Malaria in the Punjab - Number 46
Disease focus: Malaria
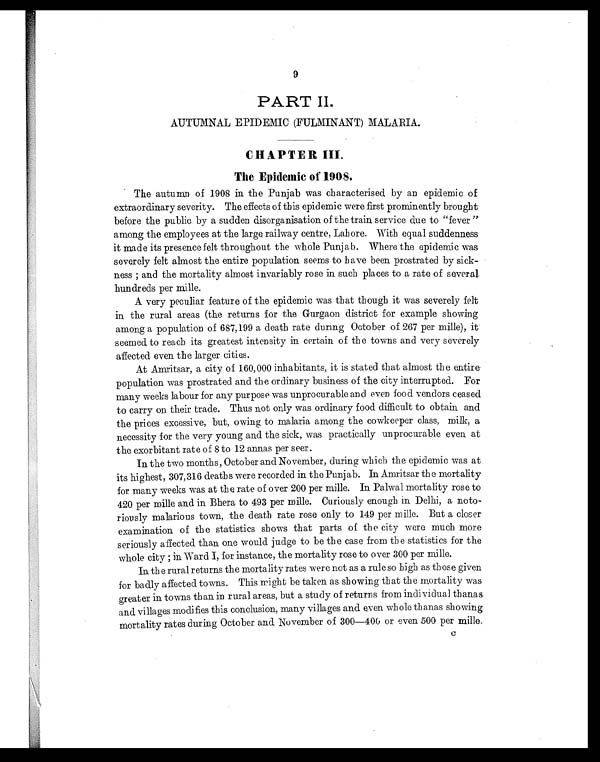
9
PART II.
AUTUMNAL EPIDEMIC (FULMINANT) MALARIA.
CHAPTER III.
The Epidemic of 1908.
The autumn of 1908 in the Punjab was characterised by an epidemic of
extraordinary severity. The effects of this epidemic were first prominently brought
before the public by a sudden disorganisation of the train service due to "fever
among the employees at the large railway centre, Lahore. With equal suddenness
it made its presence felt throughout the whole Punjab. Where the epidemic was
severely felt almost the entire population seems to have been prostrated by sick-
ness; and the mortality almost invariably rose in such places to a rate of several
hundreds per mille.
A very peculiar feature of the epidemic was that though it was severely felt
in the rural areas (the returns for the Gurgaon district for example showing
among a population of 687,199 a death rate during October of 267 per mile), it
seemed to reach its greatest intensity in certain of the towns and very severely
affected even the larger cities.
At Amritsar, a city of 160,000 inhabitants, it is stated that almost the entire
population was prostrated and the ordinary business of the city interrupted. For
many weeks labour for any purpose was unprocurable and even food vendors ceased
to carry on their trade. Thus not only was ordinary food difficult to obtain and
the prices excessive, but, owing to malaria among the cowkeeper class, milk, a
necessity for the very young and the sick, was practically unprocurable even at
the exorbitant rate of 8 to 12 annas per seer.
In the two months, October and November, during which the epidemic was at
its highest, 307,316 deaths were recorded in the Punjab. In Amritsar the mortality
for many weeks was at the rate of over 200 per mille. In Palwal mortality rose to
420 per mille and in Bhera to 493 per mille. Curiously enough in Delhi, a noto-
riously malarious town, the death rate rose only to 149 per mille. But a closer
examination of the statistics shows that parts of the city were much more
seriously affected than one would judge to be the case from the statistics for the
whole city; in Ward I, for instance, the mortality rose to over 300 per mille.
In the rural returns the mortality rates were not as a rule so high as those given
for badly affected towns. This might be taken as showing that the mortality was
greater in towns than in rural areas, but a study of returns from individual thanas
and villages modifies this conclusion, many villages and even whole thanas showing
mortality rates during October and November of 300—400 or even 500 per mille c